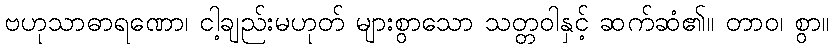
ဗဟုသာဓာရဏော၊ ငါ့ချည်းမဟုတ် များစွာသော သတ္တဝါနှင့် ဆက်ဆံ၏။ တာဝ၊ စွာ။